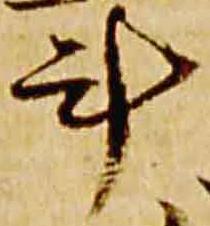
斗